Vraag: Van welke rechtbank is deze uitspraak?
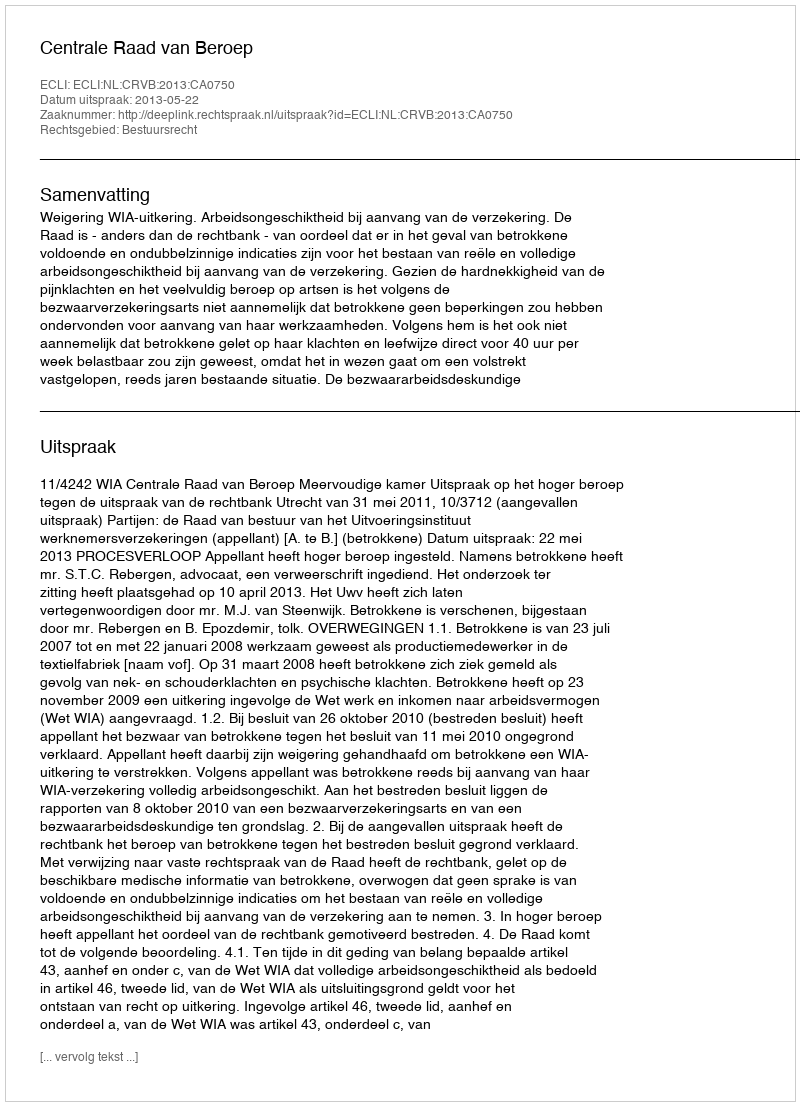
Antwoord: Centrale Raad van Beroep